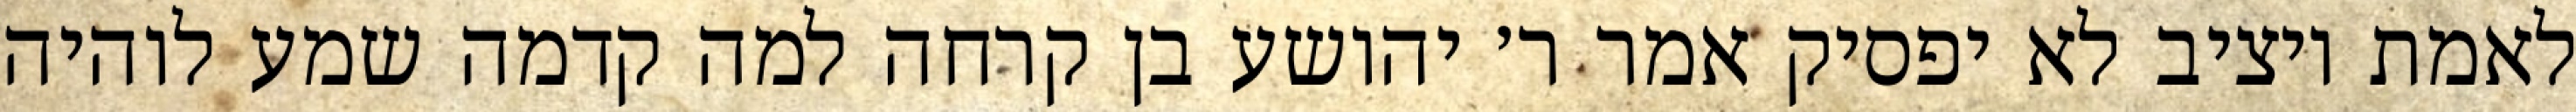
לאמת ויציב לא יפסיק אמר ר׳ יהושע בן קרחה למה קדמה שמע לוהיה